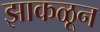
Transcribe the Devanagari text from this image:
झाकळून